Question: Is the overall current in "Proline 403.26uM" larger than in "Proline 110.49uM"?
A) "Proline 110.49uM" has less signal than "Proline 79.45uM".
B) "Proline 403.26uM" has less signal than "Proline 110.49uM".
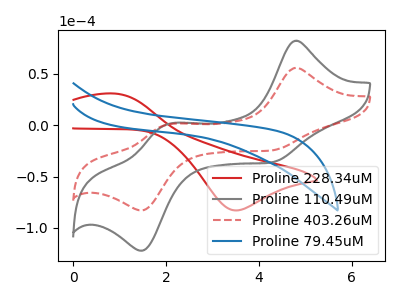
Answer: <think>The red curve "Proline 228.34uM" has an anodic peak at (0.85V, 30.95uA) and a cathodic peak at (3.50V, -82.95uA). The gray curve "Proline 110.49uM" has anodic peaks at (4.80V, 82.20uA) (2.00V, 0.80uA) and cathodic peaks at (4.25V, -36.45uA) (1.50V, -122.15uA). The red dashed curve "Proline 403.26uM" has anodic peaks at (4.80V, 55.80uA) (2.00V, 0.55uA) and cathodic peaks at (4.25V, -24.75uA) (1.50V, -82.90uA). The blue curve "Proline 79.45uM" has no peaks.
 All the peaks in "Proline 403.26uM" have a peak in "Proline 110.49uM" at the same potential. Every peak in "Proline 403.26uM" is lower than every peak in "Proline 110.49uM".</think>
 <answer>B) "Proline 403.26uM" has less signal than "Proline 110.49uM".</answer>
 <eval>B</eval>